Leaving Certificate Examination (including Day School Certificate (Higher) General paper), 1936
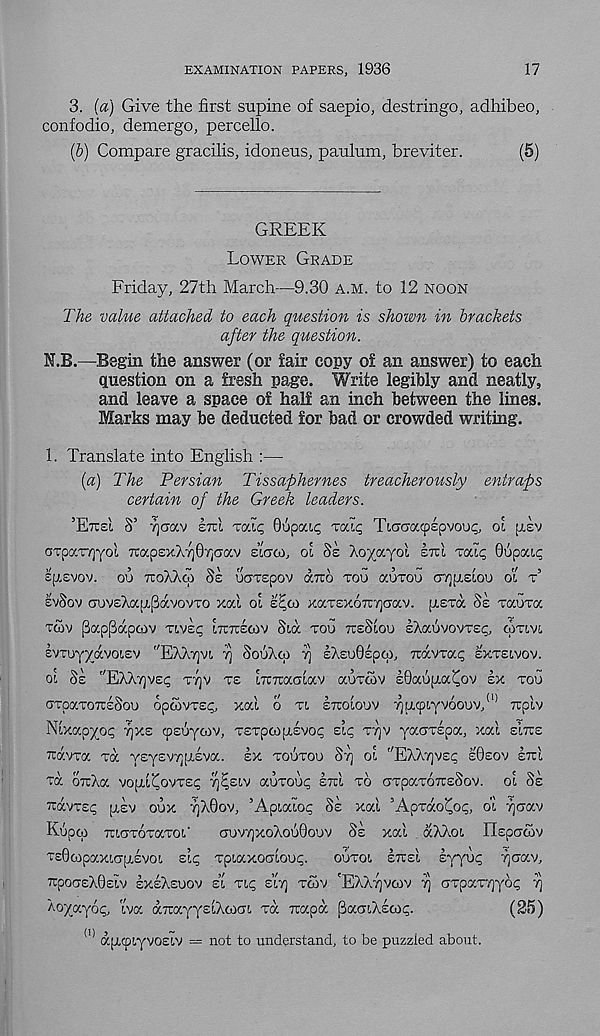
EXAMINATION PAPERS, 1936
17
3. {a) Give the first supine of saepio, destringo, adhibeo,
confodio, demergo, percello.
(&) Compare gracilis, idoneus, paulum, breviter.
(5)
GREEK
LOWER GRADE
Friday, 27th March—9.30 A.M. to 12 NOON
The value attached to each question is shown in brackets
after the question.
N.B.—Begin the answer (or fair copy o£ an answer) to each
question on a fresh page. Write legibly and neatly,
and leave a space of half an inch between the lines.
Marks may be deducted for bad or crowded writing.
1. Translate into English :—
(a) The Persian Tissaphernes treacherously entraps
certain of the Greek leaders.
’ETTEI S’ 7]aav ETU TC/XC, GupocK; Taiq TmcacpEpvouq, OL [XEV
aTpaTTjyol Tcap£xXy)07]aav EICTOJ, OI SE Xoyayol ETUI "cede, 06pat,<;
Ejrsvov.
ou TTOXAG SE UUTEpOV aTTO TOU KUTOU CDOpiElOU Ol T’
EVSOV auvsXap[3<xvovTO xal oi E^CA xaTEXorcyaav. piETa SE xauxa
TWV [Bappaptov TIVEC; OTTCECAV Sia TOU TCESIOU IXauvovTsc, amvi
EVToyyavoisv "EXX^vi T) SOOAGJ rj EAEOGEPCA, Ttavrac; EXTEIVOV.
OI SE ''EXX7]VE<; TTJV TE iTCTiaoiav GCOTCOV sGaopa^ov EX TOO
arpaTOTTsSou 6pc5vTE<;, xai o TI ETTOIOOV ^1x9^06000, (1) rcpiv
Nixapyop Y]XE 9soycov, TETpoopivo^ si^ TTJV yaaTspa, xai EITTE
xavra Ta y£yEV7;[X£va.
EX TOOTOU Srj oi "KKkqveq E0EOV ETU
ta oTiXa VOJXI^OVTEI; rfziv aorou^ sxi TO oTpaTOXESov. oi SE
xavTsq psv oux 'i]A0ov, ’Apiaioi; SE xai ’ApTaoiioi;, di Tjerav
Kopw TuciTOTaToi'
CJOV7]XOXO60OOV
SE
xai aXXoi nspcrcov
TE0CApaxiajXEVo 1 E’K; Tpiaxoatooc;.
OOTOI
EXE'I
Eyyo<; Tjaav,
xpocrsAGsiv EXEXEOOV EL TI^ ELY) TGV 'EXXT]V(OV 7) (TTpaTyydc; 7}
Xoyayop, iva aTrayysiXcoai Ta xapa paaiXEax;.
(25)
(I) a^iyvosiv — not to understand, to be puzzled about.